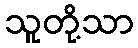
သူတို့သာ